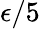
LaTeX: \epsilon/5